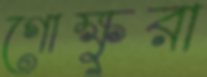
গোক্ষুরা